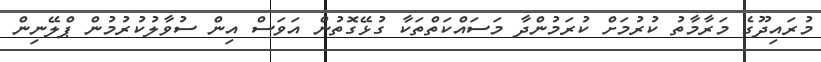
މުރައިދޫގެ މަރާމާތު ކުރުމަށް ކުރަމުންދާ މަސައްކަތްތަކާ ގުޅޭގޮތުން އަވަސް އިން ސުވާލުކުރުމުން ޕްލޭނިން